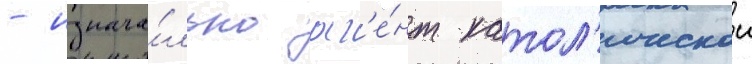
- изнача́льно аг'е́нт катол'ическои